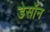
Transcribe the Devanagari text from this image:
डेसॉन